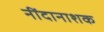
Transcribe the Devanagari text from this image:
नींदानाशक